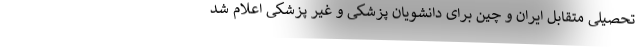
تحصیلی متقابل ایران و چین برای دانشویان پزشکی و غیر پزشکی اعلام شد